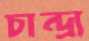
চান্দ্র্য